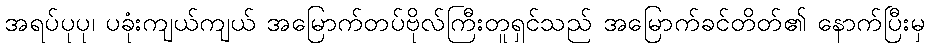
အရပ်ပုပု၊ ပခုံးကျယ်ကျယ် အမြောက်တပ်ဗိုလ်ကြီးတူရှင်သည် အမြောက်ခင်တိတ်၏ နောက်ပြီးမှ